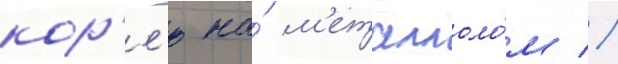
кор'е́ю на́ м'еталлоло́м //